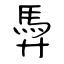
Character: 馵